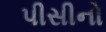
પીસીનો